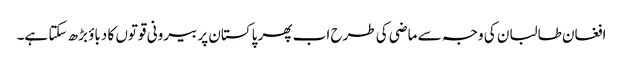
افغان طالبان کی وجہ سے ماضی کی طرح اب پھر پاکستان پر بیرونی قوتوں کا دباؤ بڑھ سکتا ہے۔